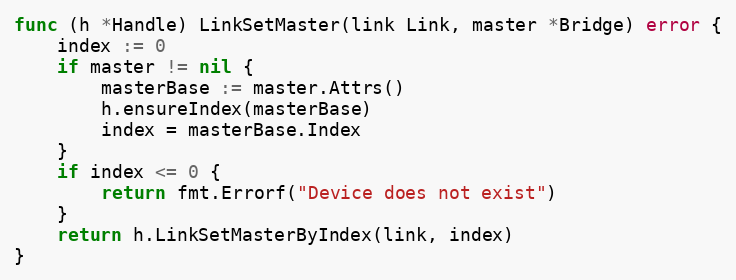
Language: Go
func (h *Handle) LinkSetMaster(link Link, master *Bridge) error {
	index := 0
	if master != nil {
		masterBase := master.Attrs()
		h.ensureIndex(masterBase)
		index = masterBase.Index
	}
	if index <= 0 {
		return fmt.Errorf("Device does not exist")
	}
	return h.LinkSetMasterByIndex(link, index)
}